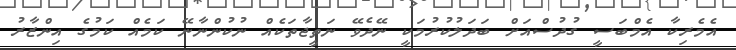
އެމެރިކާ އެމްބަސީ ގުދުސްއަށް ބަދަލުކުރުމަކީ ނޭދެވޭ ނަތީޖާތަކެއް ނުކުންނާނޭ ކަމެއް ކަމުގެ އިންޒާރު